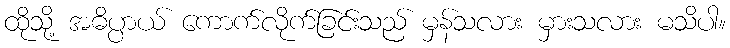
ထိုသို့ အဓိပ္ပာယ် ကောက်လိုက်ခြင်းသည် မှန်သလား မှားသလား မသိပါ။